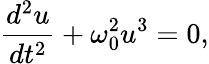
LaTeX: \frac{d^{2}u}{dt^{2}}+\omega_{0}^{2}{u^{3}}=0,